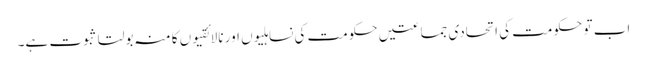
اب تو حکومت کی اتحادی جماعتیں حکومت کی نساہلیوں اور نالائقیوں کا منہ بولتا ثبوت ہے۔